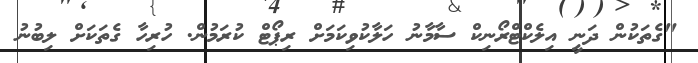
"ގެތަކުން ދަނީ އިލެކްޓްރޯނިކް ސާމާނު ހަލާކުވިކަމަށް ރިޕޯޓް ކުރަމުން. ހުރިހާ ގެތަކަށް ލިބުނު